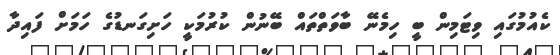
ކެއުމުގައި ވިޓަމިން ބީ ހިމެނޭ ބާވަތްތައް ބޭނުން ކުރުމަކީ ހަށިގަނޑުގެ ހަމަށް ފައިދާ